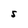
Character: S